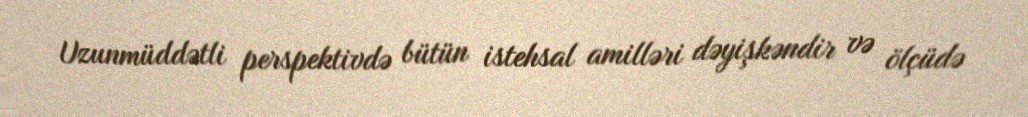
Uzunmüddətli perspektivdə bütün istehsal amilləri dəyişkəndir və ölçüdə